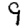
Digit: 9